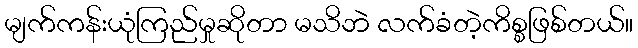
မျက်ကန်းယုံကြည်မှုဆိုတာ မသိဘဲ လက်ခံတဲ့ကိစ္စဖြစ်တယ်။